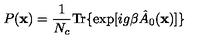
P ( { \bf x } ) = \frac 1 { N _ { c } } \mathrm { T r } \{ \exp [ i g \beta \hat { A } _ { 0 } ( { \bf x } ) ] \}